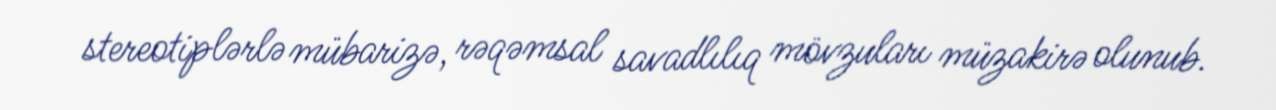
stereotiplərlə mübarizə, rəqəmsal savadlılıq mövzuları müzakirə olunub.